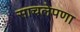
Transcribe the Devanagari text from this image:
साचलेपणा